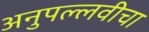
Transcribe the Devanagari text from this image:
अनुपल्लवीचा